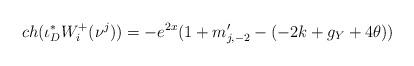
LaTeX: \begin{align*}ch(\iota_{D}^{*}W^{+}_{i}(\nu^{j}))=-e^{2x}(1+m'_{j,-2}-(-2k+g_{Y}+4\theta))\end{align*}